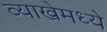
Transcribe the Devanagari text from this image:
व्याखेमध्ये